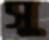
সু